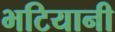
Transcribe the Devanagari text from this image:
भटियानी